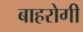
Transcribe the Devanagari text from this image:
बाहरोगी